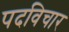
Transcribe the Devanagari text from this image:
पदविचार